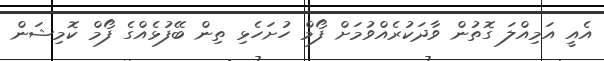
އެއީ އަމިއްލަ ގޮތުން ވާދަކުރެއްވުމަށް ފޯމް ހުށަހެޅި ތިން ބޭފުޅެއްގެ ފޯމް ކޮމިޝަން